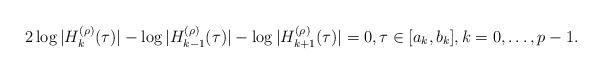
LaTeX: \begin{align*} 2 \log |H_{k}^{(\rho)}(\tau)| - \log |H_{k-1}^{(\rho)}(\tau)| - \log |H_{k+1}^{(\rho)}(\tau)|= 0 , \tau\in[a_{k},b_{k}], k = 0,\ldots,p-1.\end{align*}